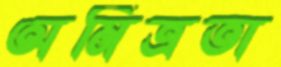
অমিত্রতা